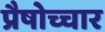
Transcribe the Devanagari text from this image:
प्रैषोच्चार